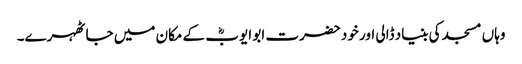
وہاں مسجد کی بنیاد ڈالی اور خود حضرت ابو ایوبؓ کے مکان میں جا ٹھہرے۔